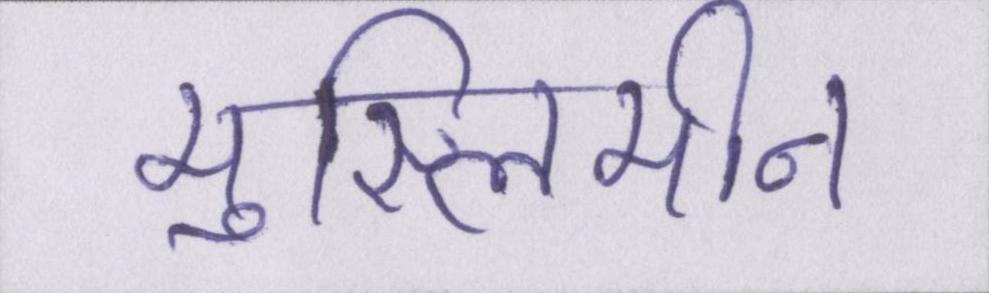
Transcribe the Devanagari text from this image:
मुस्लिमीन